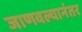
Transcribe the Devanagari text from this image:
जाणवल्यानंतर